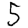
Digit: 5